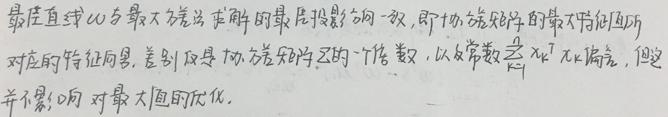
最佳直线 $\omega$ 与最大方差求解的最优投影方向一致, 即协方差矩阵的最大特征值所对应的特征向量, 差别只是协方差矩阵 $\Sigma$ 的一个倍数, 以及常数 $\frac{\lambda}{||\omega||^{2}}$ 不满足, 但这并不影响对最大值的优化.